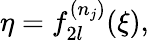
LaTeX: \eta=f_{2l}^{(n_{j})}(\xi),